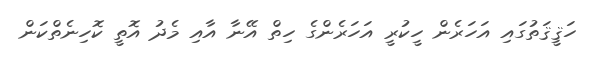
ހަޤީޤަތުގައި އަހަރެން ހީކުރީ އަހަރެންގެ ހިތް އޭނާ އާއި މެދު އޮތީ ކޮހިނެތްކަން